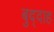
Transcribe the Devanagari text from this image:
बुद्दाह